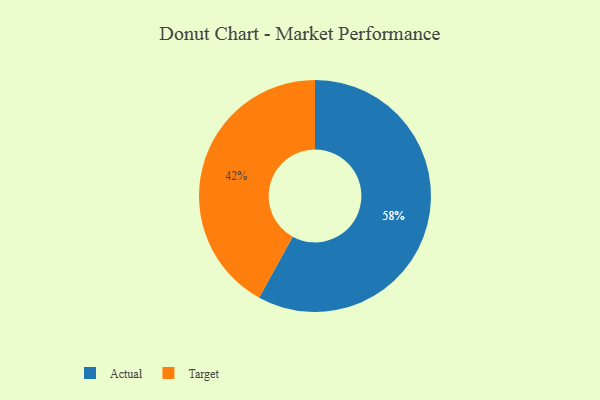
{"axis": {"x": "Category", "y": "Percentage"}, "legend": ["Actual", "Target"], "data": [{"x": "Target", "y": 42, "type": "Target"}, {"x": "Actual", "y": 58, "type": "Actual"}]}